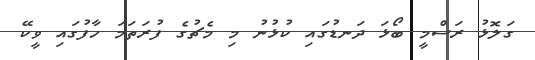
ގަލޮޅު ރަސްމީ ބޯޅަ ދަނޑުގައި ކުޅުނު މި މެޗުގެ ފުރަތަމަ ހާފުގައި ވީކޭ